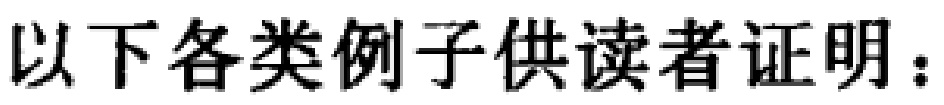
以下各类例子供读者证明：